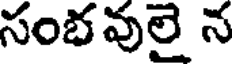
సంభవులై న